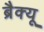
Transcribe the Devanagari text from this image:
ब्रैक्यू